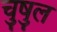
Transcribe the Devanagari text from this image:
चुषुल